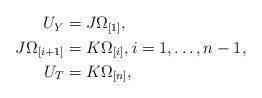
LaTeX: \begin{align*}\begin{aligned}U_Y&=J\Omega_{[1]},\\J\Omega_{[i+1]}&=K\Omega_{[i]},\\ U_T&=K\Omega_{[n]}, \end{aligned}i=1,\dots, n-1,\end{align*}